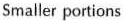
Smaller portions